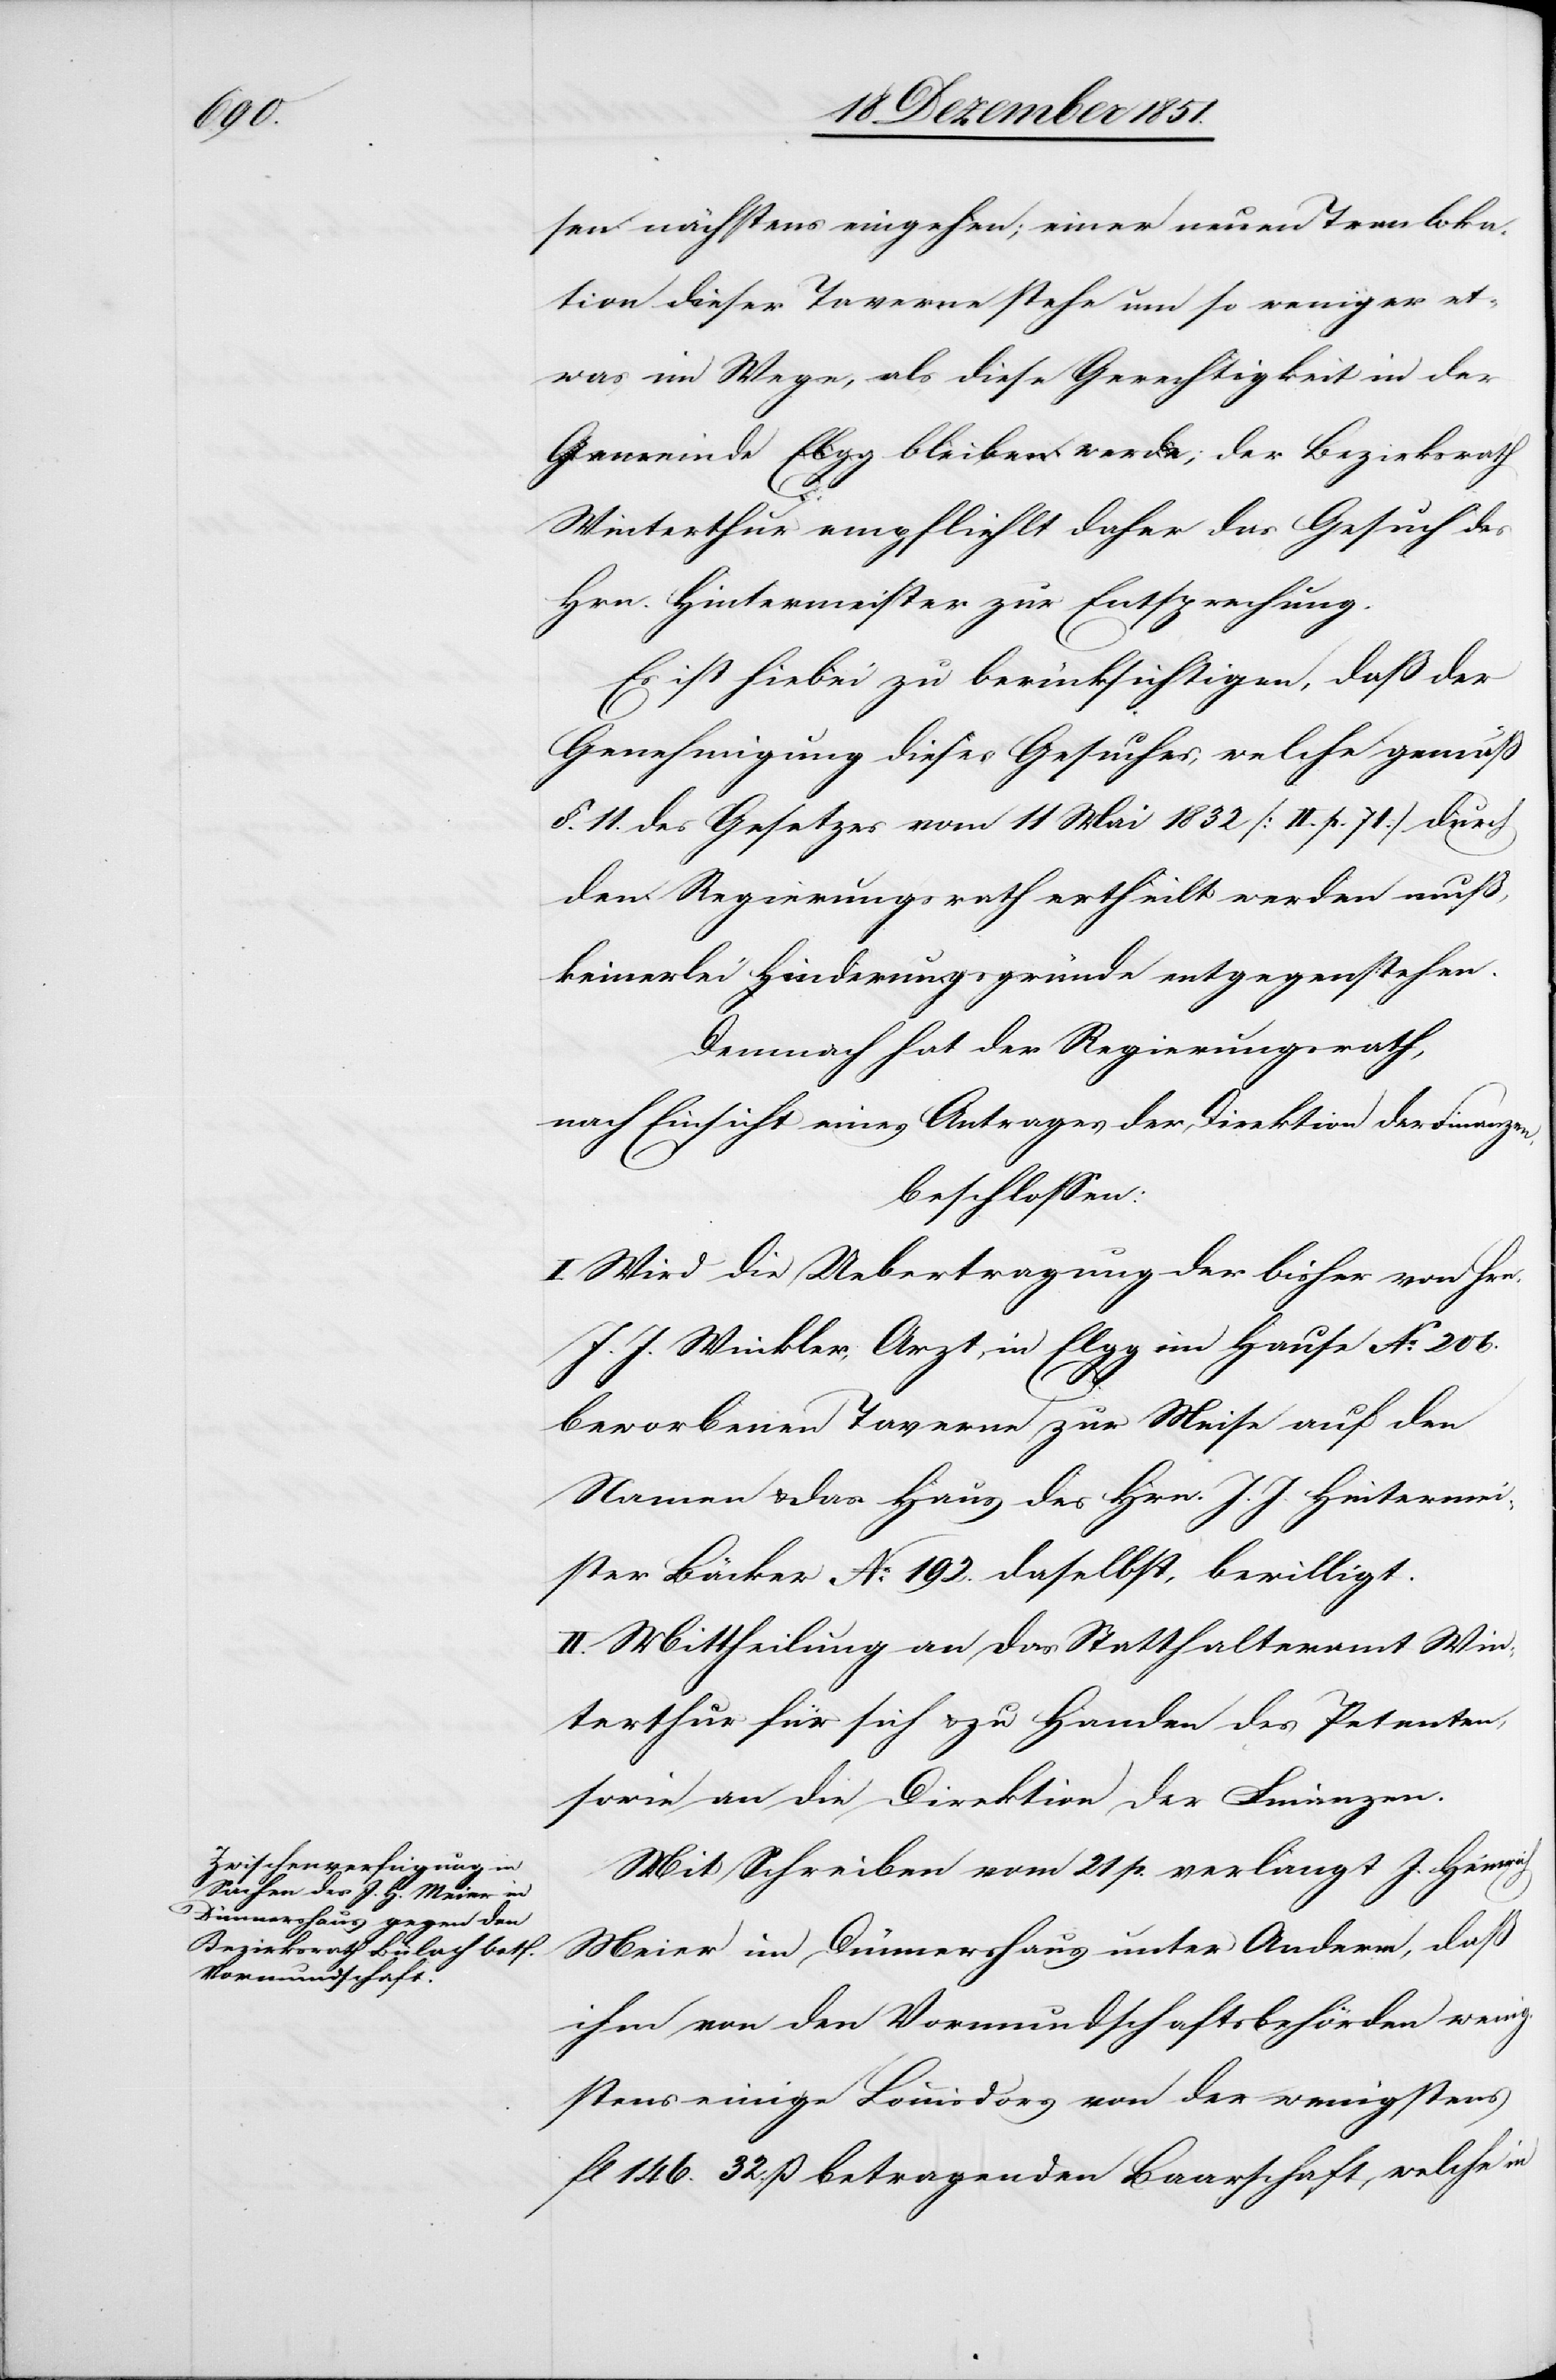
sen nächstens eingehen; einer neuen Tran[s]loka¬
tion dieser Taverne stehe um so weniger et¬
was im Wege, als diese Gerechtigkeit in der
Gemeinde Elgg bleiben werde; der Bezirksrath
Winterthur empfliehlt [sic!] daher das Gesuch des
Hrn. Hintermeister zur Entsprechung.
Es ist hiebei zu berücksichtigen, daß der
Genehmigung dieses Gesuches, welche gemäß
§. 11. des Gesetzes vom 11 Mai 1832 [II. p. 71] durch
den Regierungsrath ertheilt werden muß,
keinerlei Hinderungsgründe entgegenstehen.
Demnach hat der Regierungsrath,
nach Einsicht eines Antrages der Direktion der Finanzen,
beschlossen:
I. Wird die Uebertragung der bisher von Hrn.
J. J. Winkler, Arzt, in Elgg im Hause No. 206.
beworbenen Taverne zur Meise auf den
Namen & das Haus des Hrn. J. J. Hintermei¬
ster Bäcker No. 192. daselbst, bewilligt.
II. Mittheilung an das Statthalteramt Win¬
terthur für sich & zu Handen des Petenten,
sowie an die Direktion der Finanzen.
Mit Schreiben vom 21 p. verlangt J. Heinrich
Meier im Dünnershaus unter Anderm, daß
ihm von den Vormundschaftsbehörden wenig¬
stens einige Louisdors von der wenigstens
fl 146. 32. ß betragenden Baarschaft, welche in